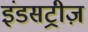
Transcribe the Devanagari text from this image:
इंडसट्रीज़